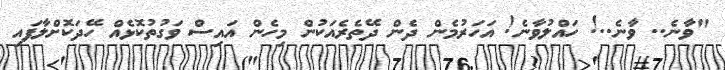
"ވާނެ.. ވާނެ..! ހައްލުވާނެ! އަހަރުމެން ދެން ދޭތެރެއަކުން މިހެން އައިސް ވަގުތުކޮޅެއް ހޭދަކޮށްލާފައި